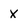
Character: X